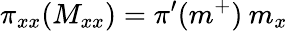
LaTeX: \pi_{xx}(M_{xx})=\pi^{\prime}(m^{+})\: m_{x}